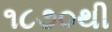
૧૮૭૦થી